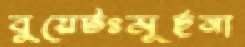
বুয়েটঃমূর্ছনা